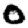
Digit: 0